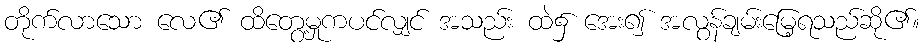
တိုက်လာသော လေ၏ ထိတွေ့မှုကပင်လျှင် အသည်း ထဲ၌ အေး၍ အလွန်ချမ်းမြေ့ရသည်ဆို၏။